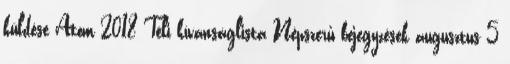
küldése Atom 2018 Téli kívánságlista Népszerű bejegyzések augusztus 5